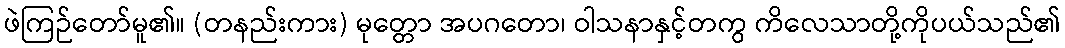
ဖဲကြဉ်တော်မူ၏။ (တနည်းကား) မုတ္တော အပဂတော၊ ဝါသနာနှင့်တကွ ကိလေသာတို့ကိုပယ်သည်၏